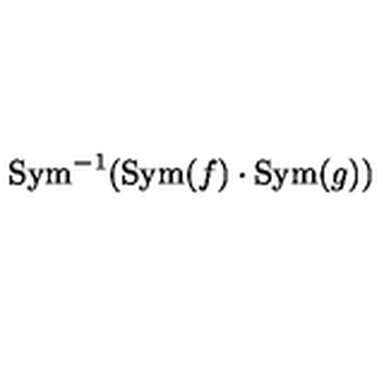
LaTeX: \mathrm { S y m } ^ { - 1 } ( \mathrm { S y m } ( f ) \cdot \mathrm { S y m } ( g ) )